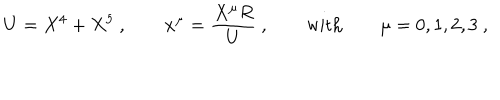
U = X ^ { 4 } + X ^ { 5 } \ , \qquad x ^ { \mu } = \frac { X ^ { \mu } R } { U } \ , \qquad \mathrm { w i t h } \qquad \mu = 0 , 1 , 2 , 3 \ ,